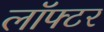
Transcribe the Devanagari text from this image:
लॉफ्टर